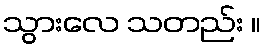
သွားလေ သတည်း ။